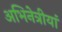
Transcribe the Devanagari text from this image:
अभिनेत्रीयां